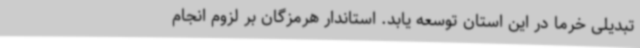
تبدیلی خرما در این استان توسعه یابد. استاندار هرمزگان بر لزوم انجام